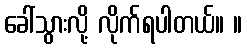
ခေါ်သွားလို့ လိုက်ရပါတယ်။ ။